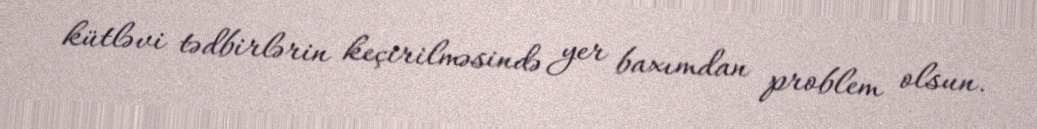
kütləvi tədbirlərin keçirilməsində yer baxımdan problem olsun.